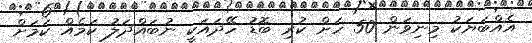
އެއްބަޔަކު މިނިވަން 50 ހަށް ކުރި ބޮޑު ހޭދައަކީ ނުބައްދަލު ކަމެއް ކަމަށް